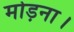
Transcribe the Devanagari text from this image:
मोड़ना।